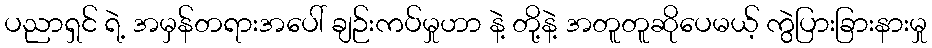
ပညာရှင် ရဲ့ အမှန်တရားအပေါ် ချဉ်းကပ်မှုဟာ နဲ့ တို့နဲ့ အတူတူဆိုပေမယ့် ကွဲပြားခြားနားမှု